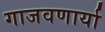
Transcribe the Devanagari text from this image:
गाजवणार्या